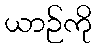
ယာဉ်ကို